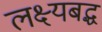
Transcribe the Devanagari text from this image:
लक्ष्यबद्ध